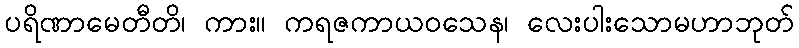
ပရိဏာမေတီတိ၊ ကား။ ကရဇကာယဝသေန၊ လေးပါးသောမဟာဘုတ်